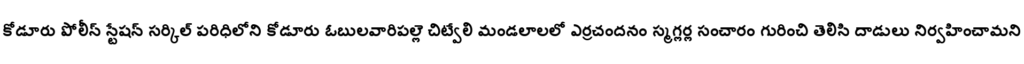
కోడూరు పోలీస్ స్టేషన్ సర్కిల్ పరిధిలోని కోడూరు ఓబులవారిపల్లె చిట్వేలి మండలాలలో ఎర్రచందనం స్మగ్లర్ల సంచారం గురించి తెలిసి దాడులు నిర్వహించామని